Annual report on the Civil Veterinary Department, Burma (including the Insein Veterinary School) - 1910-1922
Year: 1910
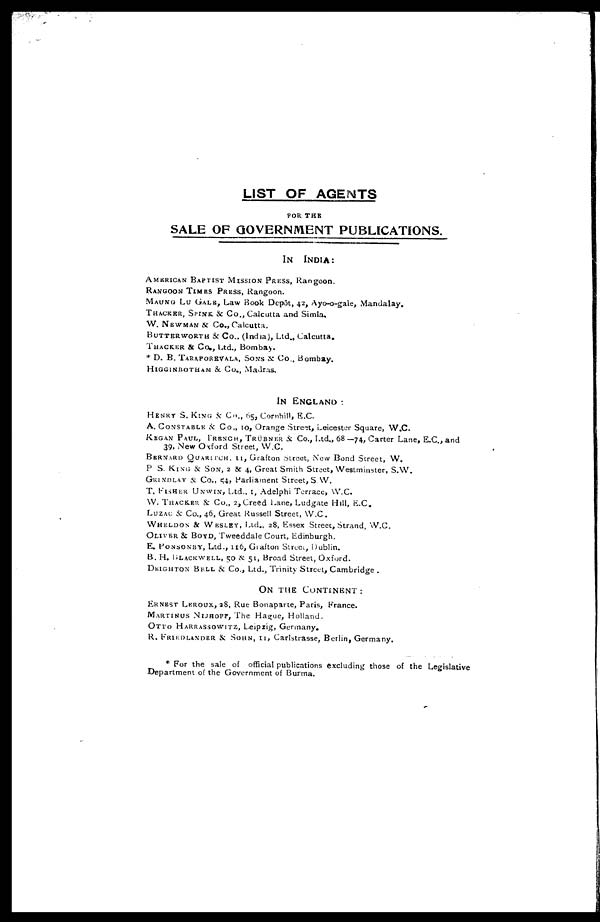
LIST OF AGENTS
FOR THE
SALE OF GOVERNMENT PUBLICATIONS.
IN INDIA:
AMERICAN BAPTIST MISSION PRESS, Rangoon.
RANGOON TIMES PRESS, Rangoon.
MAUNG LU GALE, Law Book Depôt, 42, Ayo-o-gale, Mandalay.
THACKER, SPINK & Co., Calcutta and Simla.
W. NEWMAN & Co., Calcutta.
BUTTBRWORTH & Co., (India), Ltd., Calcutta.
THACKER & Co., Ltd., Bombay.
* D. B. TARAPOREVALA, SONS & Co., Bombay.
HIGGINBOTHAM & Co., Madras.
IN ENGLAND :
HENRY S. KING & Co., 65, Cornhill, E.C
A. CONSTABLE & Co., 10, Orange Street, Leicester Square, W.C.
KRGAN PAUL, TRENCH, TRÜBNER & Co., Ltd., 68—74, Carter Lane, E.C., and 39, New Oxford Street, W.C.
BERNARD QUARUTCH, 11, Grafton Street, New Bond Street, W.
P S. KING & SON, 2 & 4, Great Smith Street, Westminster, S.W.
GRINDLAY & Co., 54, Parliament Street, S.W.
T. FISHER UNWIN, Ltd., 1, Adelphi Terrace, W.C.
W. THACKER & Co., 2, Creed Lane, Ludgate Hill, E.C.
LUZAC & Co., 46, Great Russell Street, W.C.
WHELDON & WESLEY, Ltd., 28, Essex Street, Strand, W.C.
OLIVER & BOYD, Tweeddale Court, Edinburgh.
E. PONSONBY, Ltd., 116, Grafton Street, Dublin.
B. H. BLACKWELL, 50 & 51, Broad Street, Oxford.
DEIGHTON BELL & Co., Ltd., Trinity Street, Cambridge .
ON THE CONTINENT :
ERNEST LEROUX, 28, Rue Bonaparte, Paris, France.
MARTINUS NIJHOFF, The Hague, Holland.
OTTO HARRASSOWITZ, Leipzig, Germany.
R. FRIEDLANDER & SOHN, 11, Carlstrasse, Berlin, Germany.
* For the sale of official publications excluding those of the Legislative
Department of the Government of Burma.